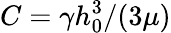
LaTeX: C=\gamma h_{0}^{3}/(3\mu)